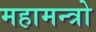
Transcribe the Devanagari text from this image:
महामन्त्रो